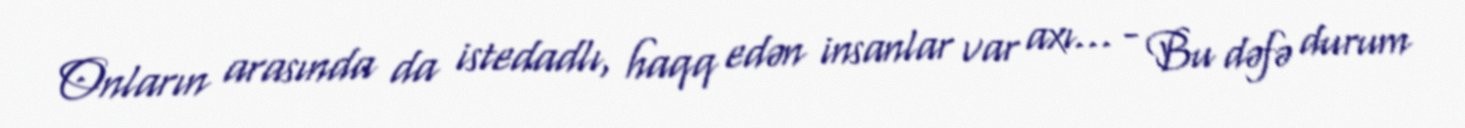
Onların arasında da istedadlı, haqq edən insanlar var axı... - Bu dəfə durum